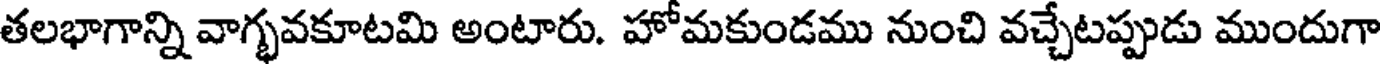
తలభాగాన్ని వాగ్భవకూటమి అంటారు. హోమకుండము నుంచి వచ్చేటప్పుడు ముందుగా